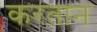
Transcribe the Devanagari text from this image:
करतान